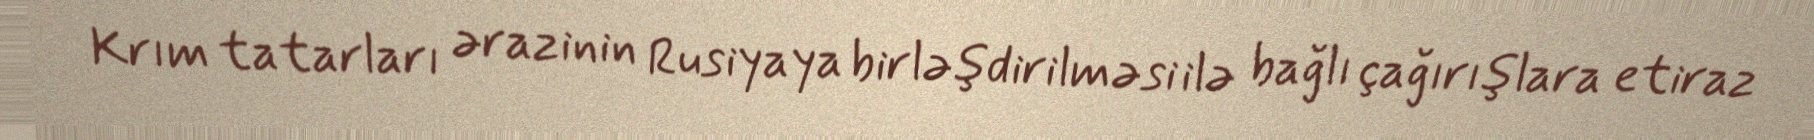
Krım tatarları ərazinin Rusiyaya birləşdirilməsi ilə bağlı çağırışlara etiraz